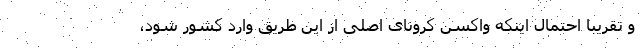
و تقریبا احتمال اینکه واکسن کرونای اصلی از این طریق وارد کشور شود،